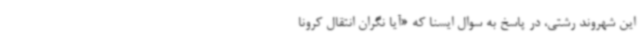
این شهروند رشتی، در پاسخ به سوال ایسنا که «آیا نگران انتقال کرونا